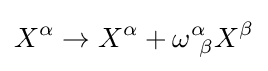
X^{\alpha }\to X^{\alpha }+\omega _{\ \beta }^{\alpha }X^{\beta }